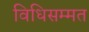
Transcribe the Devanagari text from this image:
विधिसम्‍मत